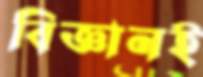
বিজ্ঞানই